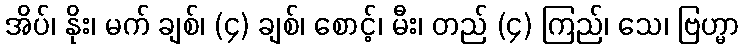
အိပ်၊ နိုး၊ မက် ချစ်၊ (၄) ချစ်၊ စောင့်၊ မီး၊ တည် (၄) ကြည်၊ သေ၊ ဗြဟ္မာ